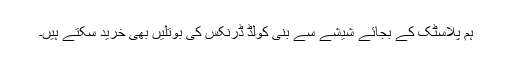
ہم پلاسٹک کے بجائے شیشے سے بنی کولڈ ڈرنکس کی بوتلیں بھی خرید سکتے ہیں۔